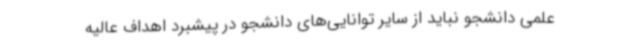
علمی دانشجو نباید از سایر توانایی‌های دانشجو در پیشبرد اهداف عالیه